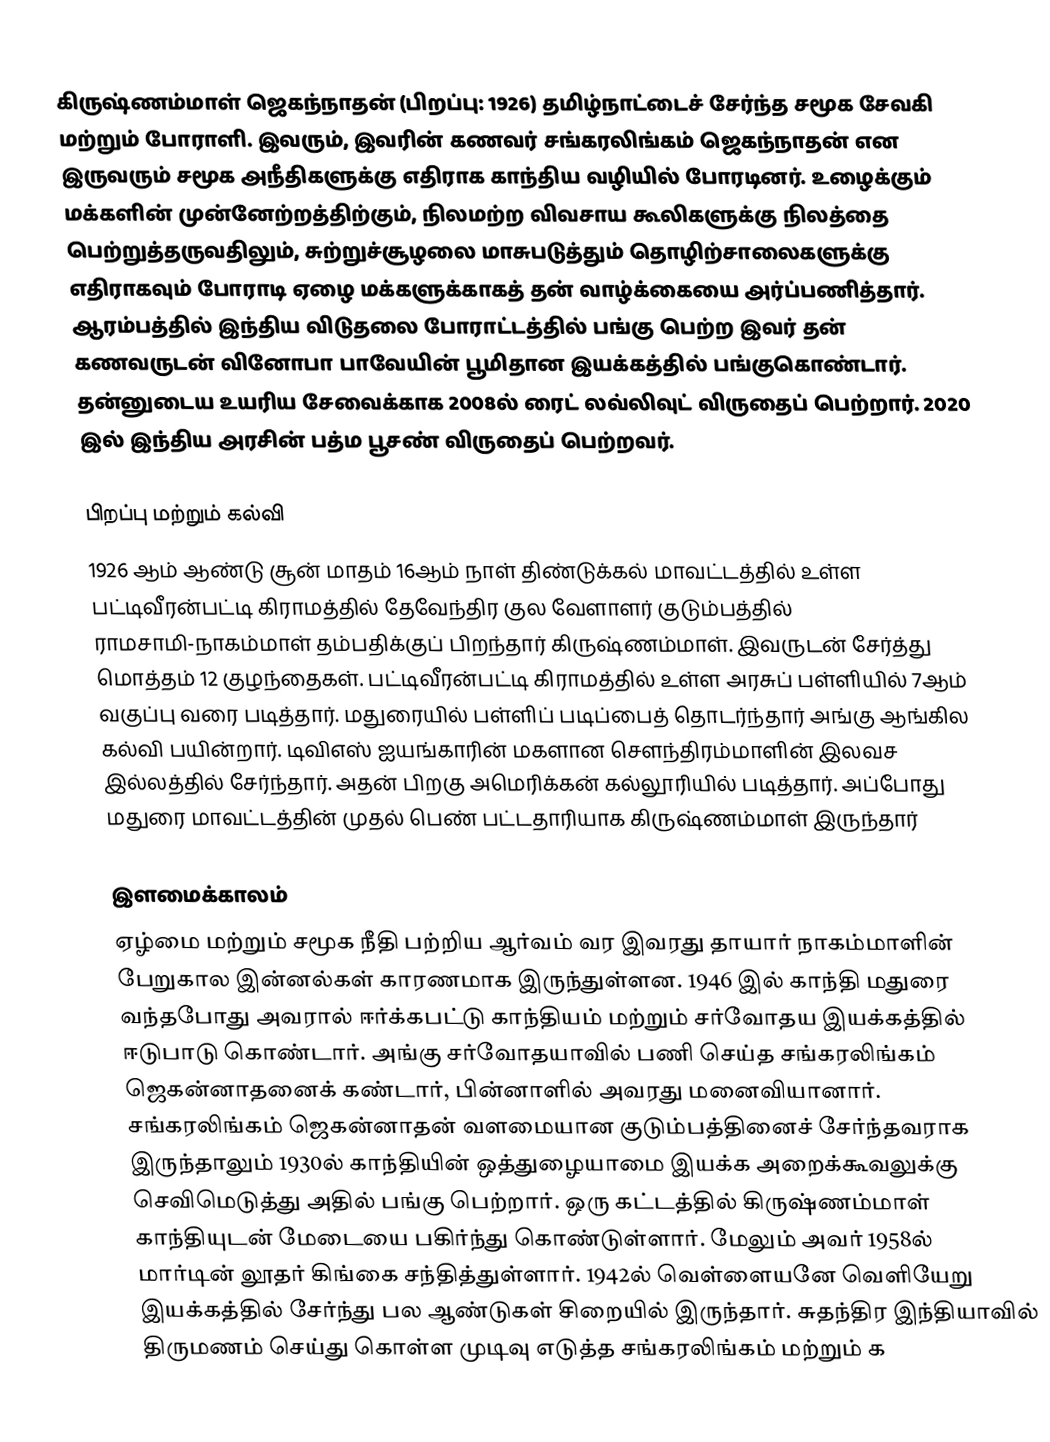
கிருஷ்ணம்மாள் ஜெகந்நாதன் (பிறப்பு: 1926) தமிழ்நாட்டைச் சேர்ந்த சமூக சேவகி மற்றும் போராளி. இவரும், இவரின் கணவர் சங்கரலிங்கம் ஜெகந்நாதன் என இருவரும் சமூக அநீதிகளுக்கு எதிராக காந்திய வழியில் போரடினர். உழைக்கும் மக்களின் முன்னேற்றத்திற்கும், நிலமற்ற விவசாய கூலிகளுக்கு நிலத்தை பெற்றுத்தருவதிலும், சுற்றுச்சூழலை மாசுபடுத்தும் தொழிற்சாலைகளுக்கு எதிராகவும் போராடி ஏழை மக்களுக்காகத் தன் வாழ்க்கையை அர்ப்பணித்தார். ஆரம்பத்தில் இந்திய விடுதலை போராட்டத்தில் பங்கு பெற்ற இவர் தன் கணவருடன் வினோபா பாவேயின் பூமிதான இயக்கத்தில் பங்குகொண்டார். தன்னுடைய உயரிய சேவைக்காக 2008ல் ரைட் லவ்லிவுட் விருதைப் பெற்றார். 2020 இல் இந்திய அரசின் பத்ம பூசண் விருதைப் பெற்றவர்.

பிறப்பு மற்றும் கல்வி
1926 ஆம் ஆண்டு சூன் மாதம் 16ஆம் நாள் திண்டுக்கல் மாவட்டத்தில் உள்ள பட்டிவீரன்பட்டி கிராமத்தில் தேவேந்திர குல வேளாளர் குடும்பத்தில் ராமசாமி-நாகம்மாள் தம்பதிக்குப் பிறந்தார் கிருஷ்ணம்மாள். இவருடன் சேர்த்து மொத்தம் 12 குழந்தைகள். பட்டிவீரன்பட்டி கிராமத்தில் உள்ள அரசுப் பள்ளியில் 7ஆம் வகுப்பு வரை படித்தார். மதுரையில் பள்ளிப் படிப்பைத் தொடர்ந்தார் அங்கு ஆங்கில கல்வி பயின்றார். டிவிஎஸ் ஐயங்காரின் மகளான செளந்திரம்மாளின் இலவச இல்லத்தில் சேர்ந்தார். அதன் பிறகு அமெரிக்கன் கல்லூரியில் படித்தார். அப்போது மதுரை மாவட்டத்தின் முதல் பெண் பட்டதாரியாக கிருஷ்ணம்மாள் இருந்தார்

இளமைக்காலம்
ஏழ்மை மற்றும் சமூக நீதி பற்றிய ஆர்வம் வர இவரது தாயார் நாகம்மாளின் பேறுகால இன்னல்கள் காரணமாக இருந்துள்ளன. 1946 இல் காந்தி மதுரை வந்தபோது அவரால் ஈர்க்கபட்டு  காந்தியம் மற்றும் சர்வோதய இயக்கத்தில் ஈடுபாடு கொண்டார். அங்கு சர்வோதயாவில் பணி செய்த சங்கரலிங்கம் ஜெகன்னாதனைக் கண்டார், பின்னாளில் அவரது மனைவியானார். சங்கரலிங்கம் ஜெகன்னாதன் வளமையான குடும்பத்தினைச் சேர்ந்தவராக இருந்தாலும் 1930ல் காந்தியின் ஒத்துழையாமை இயக்க அறைக்கூவலுக்கு செவிமெடுத்து அதில் பங்கு பெற்றார். ஒரு கட்டத்தில் கிருஷ்ணம்மாள் காந்தியுடன் மேடையை பகிர்ந்து கொண்டுள்ளார். மேலும் அவர் 1958ல் மார்டின் லூதர் கிங்கை சந்தித்துள்ளார். 1942ல் வெள்ளையனே வெளியேறு இயக்கத்தில் சேர்ந்து பல ஆண்டுகள் சிறையில் இருந்தார். சுதந்திர இந்தியாவில் திருமணம் செய்து கொள்ள முடிவு எடுத்த  சங்கரலிங்கம் மற்றும் க